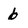
Character: 6